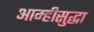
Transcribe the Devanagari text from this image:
आम्हीसुद्धा